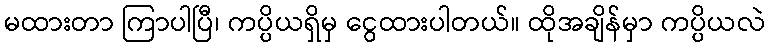
မထားတာ ကြာပါပြီ၊ ကပ္ပိယရှိမှ ငွေထားပါတယ်။ ထိုအချိန်မှာ ကပ္ပိယလဲ